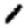
Digit: 1